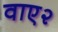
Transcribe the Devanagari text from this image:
वाए२